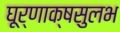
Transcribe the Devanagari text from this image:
घूर्णाक्षसुलभ